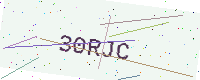
Text: 30RJC